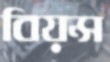
বিয়ন্স